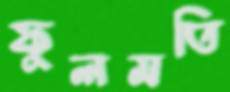
ফুলমতি